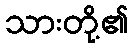
သားတို့၏